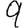
Digit: 9